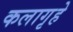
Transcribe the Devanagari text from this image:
कलागृहे